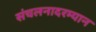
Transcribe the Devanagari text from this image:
संचलनादरम्यान